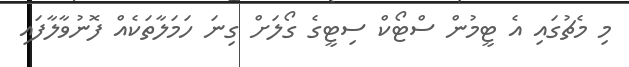
މި މެޗުގައި އެ ޓީމުން ސްޓޯކް ސިޓީގެ ގޯލަށް ގިނަ ހަމަލާތަކެއް ފޮނުވާލާފައި